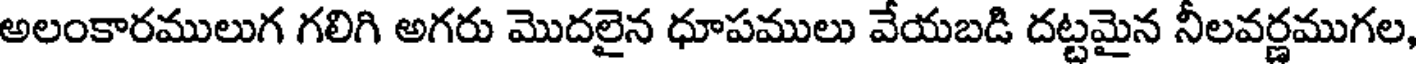
అలంకారములుగ గలిగి అగరు మొదలైన ధూపములు వేయబడి దట్టమైన నీలవర్ణముగల,